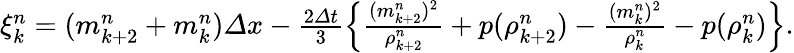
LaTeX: \begin{array}{r}{\xi_{k}^{n}=({m_{k+2}^{n}+m_{k}^{n}}){\varDelta x}-\frac{2\varDelta t}{3}\left\{ \frac{(m_{k+2}^{n})^{2}}{\rho_{k+2}^{n}}+p(\rho_{k+2}^{n})-\frac{(m_{k}^{n})^{2}}{\rho_{k}^{n}}-p(\rho_{k}^{n})\right\} .}\end{array}